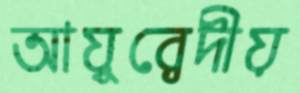
আয়ুর্বেদীয়